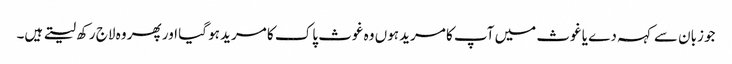
جو زبان سے کہہ دے یا غوث میں آپ کا مرید ہوں وہ غوث پاک کا مرید ہو گیا اور پھر وہ لاج رکھ لیتے ہیں۔